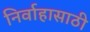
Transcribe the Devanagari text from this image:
निर्वाहासाठी